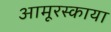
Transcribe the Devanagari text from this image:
आमूरस्काया